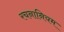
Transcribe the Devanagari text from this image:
रचनानियम